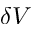
\delta V